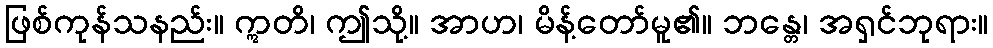
ဖြစ်ကုန်သနည်း။ ဣတိ၊ ဤသို့။ အာဟ၊ မိန့်တော်မူ၏။ ဘန္တေ၊ အရှင်ဘုရား။